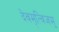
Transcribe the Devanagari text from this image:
देवमृत्विजम्